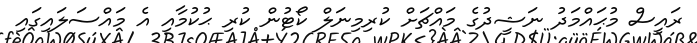
ރައީސް މުޙައްމަދު ނަޝީދުގެ މައްޗަށް ކުރިމިނަލް ކޯޓުން ކުރި ޙުކުމާއި އެ މައްސަލައިގައި